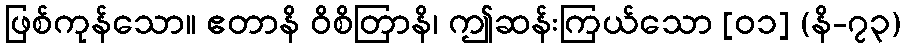
ဖြစ်ကုန်သော။ ဧတာနိ ဝိစိတြာနိ၊ ဤဆန်းကြယ်သော [၀၁] (နိ-၇၃)